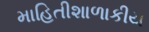
માહિતીશાળાકીય